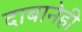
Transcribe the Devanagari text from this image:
दाबानेही